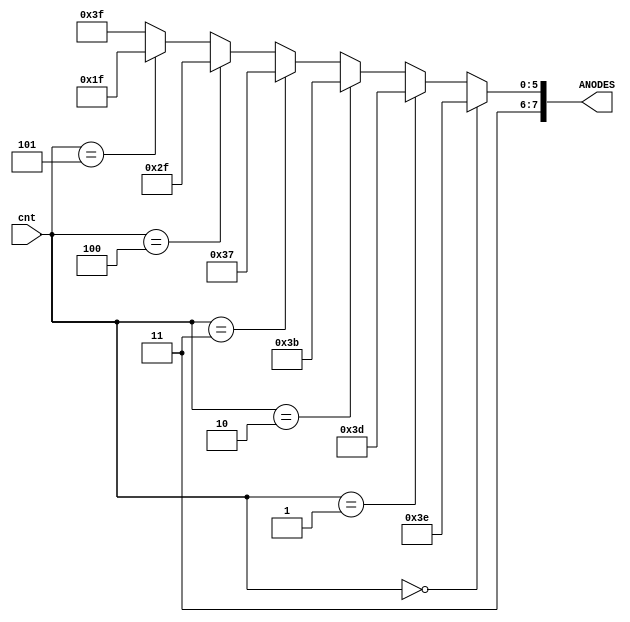
`timescale 1ns / 1ps

module anode_cntrl(cnt, ANODES);

    input   [2:0] cnt;
    output  [7:0] ANODES; 

    assign ANODES = (cnt == 3'b000) ? 8'b11111110:
                    (cnt == 3'b001) ? 8'b11111101:
                    (cnt == 3'b010) ? 8'b11111011:
                    (cnt == 3'b011) ? 8'b11110111:
                    (cnt == 3'b100) ? 8'b11101111:
                    (cnt == 3'b101) ? 8'b11011111:
                    8'b11111111;
endmodule